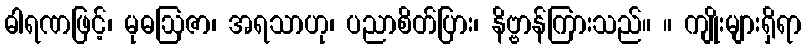
ဓါရဏဖြင့်၊ မုဓဩဇာ၊ အရသာဟု၊ ပညာစိတ်ပြား၊ နိဗ္ဗာန်ကြားသည်။ ။ ကျိုးများရှိရာ